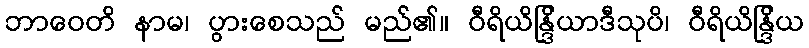
ဘာဝေတိ နာမ၊ ပွားစေသည် မည်၏။ ဝီရိယိန္ဒြိယာဒီသုပိ၊ ဝီရိယိန္ဒြိယ